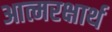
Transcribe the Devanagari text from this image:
आत्मरक्षार्थ